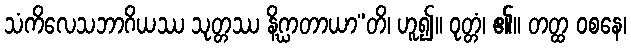
သံကိလေသဘာဂိယဿ သုတ္တဿ နိဂ္ဃာတာယာ”တိ၊ ဟူ၍။ ဝုတ္တံ၊ ၏။ တတ္ထ ဝစနေ၊